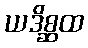
ယဒိစ္ဆထ